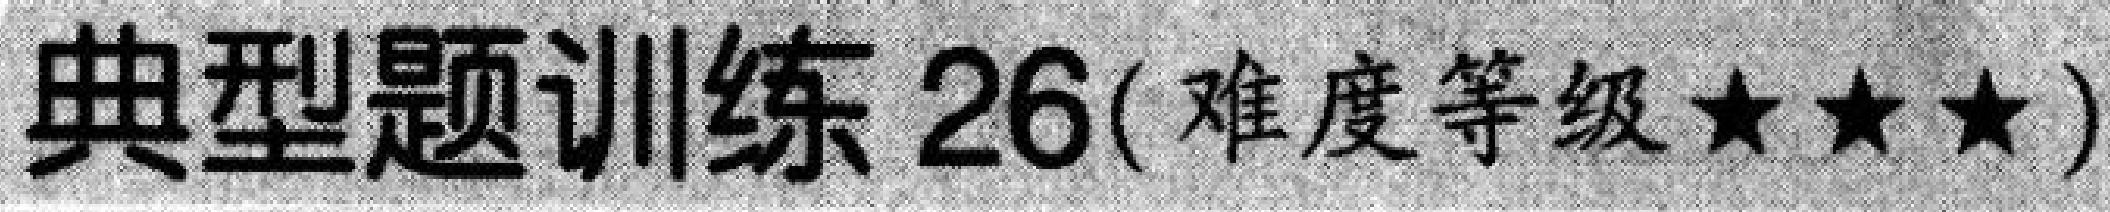
典型题训练 26(难度等级★★★)